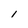
Character: l